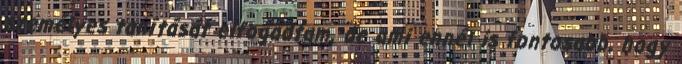
személyes tanítását elfogadtam, de ami ennél is fontosabb, hogy